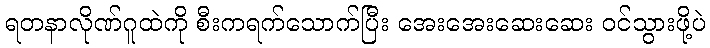
ရတနာလိုဏ်ဂူထဲကို စီးကရက်သောက်ပြီး အေးအေးဆေးဆေး ဝင်သွားဖို့ပဲ